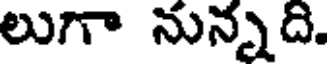
లుగా నున్నది.